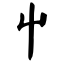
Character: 屮